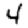
Digit: 4